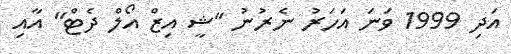
އަދި 1999 ވަނަ އަހަރު ނެރުނު "ޝީ އިޒް އޯލް ދެޓް" އާއި